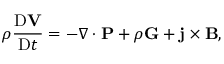
\rho \frac { \mathrm { D } \mathbf { V } } { \mathrm { D } t } = - \nabla \cdot \mathbf { P } + \rho \mathbf { G } + \mathbf { j } \times \mathbf { B } ,